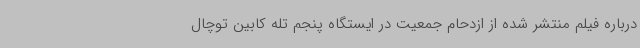
درباره فیلم منتشر شده از ازدحام جمعیت در ایستگاه پنجم تله کابین توچال